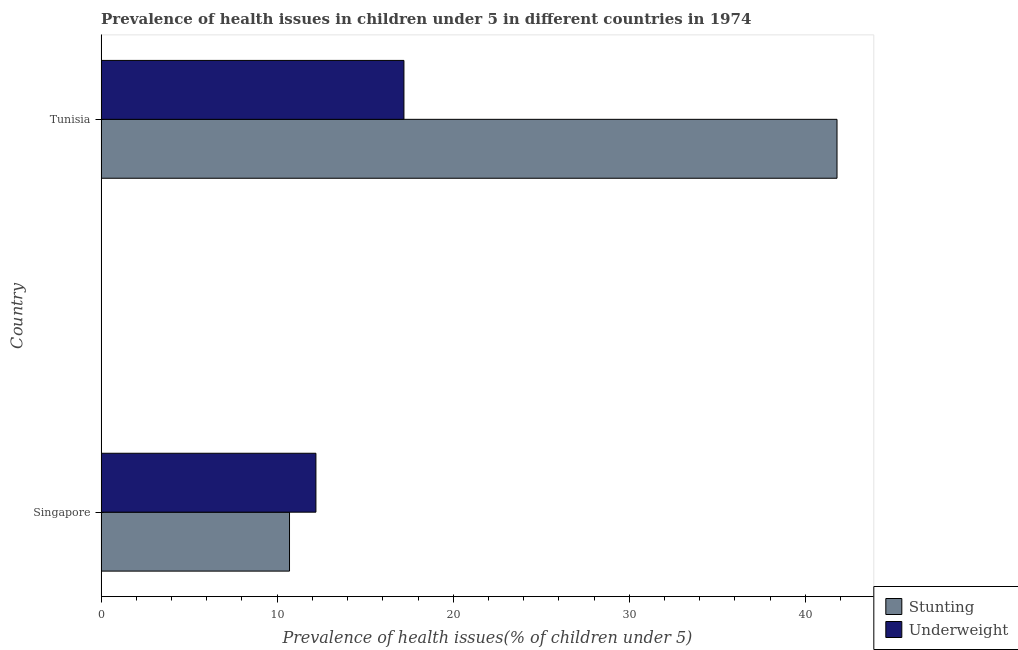
| Country | Stunting | Underweight |
 | --- | --- | --- |
 | Singapore | 10.7 | 12.2 |
 | Tunisia | 41.8 | 17.2 |